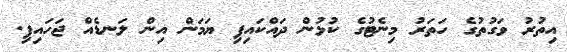
އިތުރު ވަގުތުގެ ހަތަރު މިނެޓުގެ ކުޅުން ދައްކައިފި ޔަމަން އިން ލަނޑެއް ޖަހައިފި.